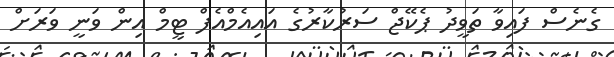
ގެނެސް ފައިވާ ތަވީދު ޕެކޭޖް ސަރުކާރުގެ އައިއެމްއެފް ޓީމް އިން ވަނީ ވަރަށް